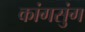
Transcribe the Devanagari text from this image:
कांगसुंग